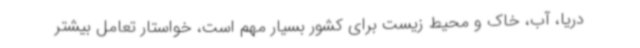
دریا، آب، خاک و محیط زیست برای کشور بسیار مهم است، خواستار تعامل بیشتر